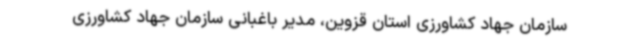
سازمان جهاد کشاورزی استان قزوین، مدیر باغبانی سازمان جهاد کشاورزی